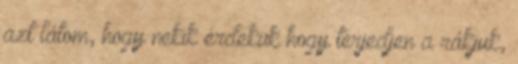
azt látom, hogy nekik érdekük hogy terjedjen a rákjuk,